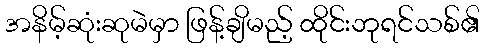
အနိမ့်ဆုံးဆုမဲမှာ ဖြန့်ချိမည့် ထိုင်းဘုရင်သစ်၏